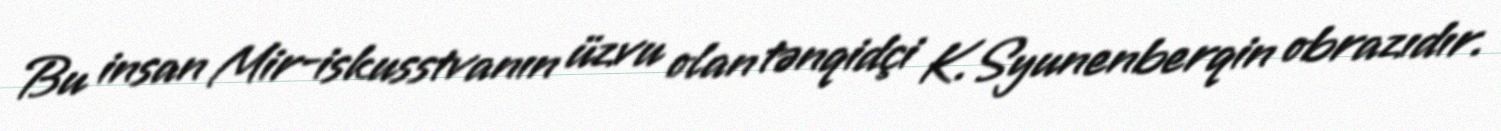
Bu insan Mir-iskusstvanın üzvu olan tənqidçi K.Syunenberqin obrazıdır.